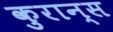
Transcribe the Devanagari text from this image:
कुरान्स